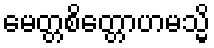
မေတ္တစိတ္တောဟမသ္မိ